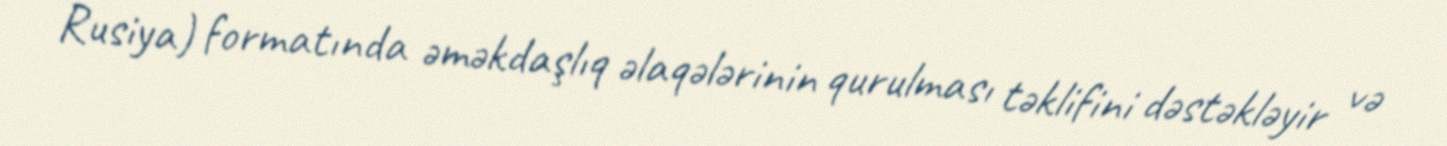
Rusiya) formatında əməkdaşlıq əlaqələrinin qurulması təklifini dəstəkləyir və